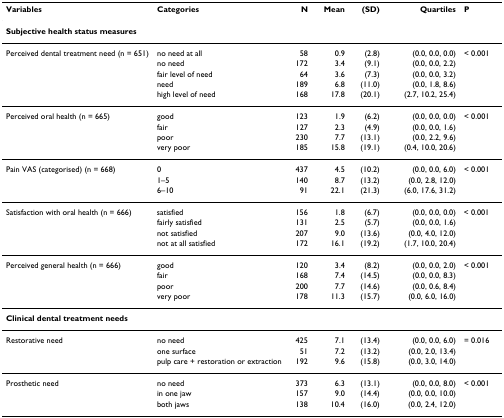
<table><thead><tr><td><b>Variables</b></td><td><b>Categories</b></td><td><b>N</b></td><td><b>Mean</b></td><td><b>(SD)</b></td><td><b>Quartiles</b></td><td><b>P</b></td></tr></thead><tbody><tr><td colspan="7"><b>Subjective health status measures</b></td></tr><tr><td>Perceived dental treatment need (n = 651)</td><td>no need at all</td><td>58</td><td>0.9</td><td>(2.8)</td><td>(0.0, 0.0, 0.0)</td><td>&lt; 0.001</td></tr><tr><td></td><td>no need</td><td>172</td><td>3.4</td><td>(9.1)</td><td>(0.0, 0.0, 2.2)</td><td></td></tr><tr><td></td><td>fair level of need</td><td>64</td><td>3.6</td><td>(7.3)</td><td>(0.0, 0.0, 3.2)</td><td></td></tr><tr><td></td><td>need</td><td>189</td><td>6.8</td><td>(11.0)</td><td>(0.0, 1.8, 8.6)</td><td></td></tr><tr><td></td><td>high level of need</td><td>168</td><td>17.8</td><td>(20.1)</td><td>(2.7, 10.2, 25.4)</td><td></td></tr><tr><td>Perceived oral health (n = 665)</td><td>good</td><td>123</td><td>1.9</td><td>(6.2)</td><td>(0.0, 0.0, 0.0)</td><td>&lt; 0.001</td></tr><tr><td></td><td>fair</td><td>127</td><td>2.3</td><td>(4.9)</td><td>(0.0, 0.0, 1.6)</td><td></td></tr><tr><td></td><td>poor</td><td>230</td><td>7.7</td><td>(13.1)</td><td>(0.0, 2.2, 9.6)</td><td></td></tr><tr><td></td><td>very poor</td><td>185</td><td>15.8</td><td>(19.1)</td><td>(0.4, 10.0, 20.6)</td><td></td></tr><tr><td>Pain VAS (categorised) (n = 668)</td><td>0</td><td>437</td><td>4.5</td><td>(10.2)</td><td>(0.0, 0.0, 6.0)</td><td>&lt; 0.001</td></tr><tr><td></td><td>1–5</td><td>140</td><td>8.7</td><td>(13.2)</td><td>(0.0, 2.8, 12.0)</td><td></td></tr><tr><td></td><td>6–10</td><td>91</td><td>22.1</td><td>(21.3)</td><td>(6.0, 17.6, 31.2)</td><td></td></tr><tr><td>Satisfaction with oral health (n = 666)</td><td>satisfied</td><td>156</td><td>1.8</td><td>(6.7)</td><td>(0.0, 0.0, 0.0)</td><td>&lt; 0.001</td></tr><tr><td></td><td>fairly satisfied</td><td>131</td><td>2.5</td><td>(5.7)</td><td>(0.0, 0.0, 1.6)</td><td></td></tr><tr><td></td><td>not satisfied</td><td>207</td><td>9.0</td><td>(13.6)</td><td>(0.0, 4.0, 12.0)</td><td></td></tr><tr><td></td><td>not at all satisfied</td><td>172</td><td>16.1</td><td>(19.2)</td><td>(1.7, 10.0, 20.4)</td><td></td></tr><tr><td>Perceived general health (n = 666)</td><td>good</td><td>120</td><td>3.4</td><td>(8.2)</td><td>(0.0, 0.0, 2.0)</td><td>&lt; 0.001</td></tr><tr><td></td><td>fair</td><td>168</td><td>7.4</td><td>(14.5)</td><td>(0.0, 0.0, 8.3)</td><td></td></tr><tr><td></td><td>poor</td><td>200</td><td>7.7</td><td>(14.6)</td><td>(0.0, 0.6, 8.4)</td><td></td></tr><tr><td></td><td>very poor</td><td>178</td><td>11.3</td><td>(15.7)</td><td>(0.0, 6.0, 16.0)</td><td></td></tr><tr><td colspan="7"><b>Clinical dental treatment needs</b></td></tr><tr><td>Restorative need</td><td>no need</td><td>425</td><td>7.1</td><td>(13.4)</td><td>(0.0, 0.0, 6.0)</td><td>= 0.016</td></tr><tr><td></td><td>one surface</td><td>51</td><td>7.2</td><td>(13.2)</td><td>(0.0, 2.0, 13.4)</td><td></td></tr><tr><td></td><td>pulp care + restoration or extraction</td><td>192</td><td>9.6</td><td>(15.8)</td><td>(0.0, 3.0, 14.0)</td><td></td></tr><tr><td>Prosthetic need</td><td>no need</td><td>373</td><td>6.3</td><td>(13.1)</td><td>(0.0, 0.0, 8.0)</td><td>&lt; 0.001</td></tr><tr><td></td><td>in one jaw</td><td>157</td><td>9.0</td><td>(14.4)</td><td>(0.0, 0.0, 10.0)</td><td></td></tr><tr><td></td><td>both jaws</td><td>138</td><td>10.4</td><td>(16.0)</td><td>(0.0, 2.4, 12.0)</td><td></td></tr></tbody></table>